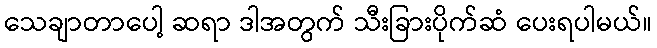
သေချာတာပေါ့ ဆရာ ဒါအတွက် သီးခြားပိုက်ဆံ ပေးရပါမယ်။